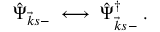
\hat { \Psi } _ { \vec { k } s - } \; \longleftrightarrow \; \hat { \Psi } _ { \vec { k } s - } ^ { \dagger } \; .